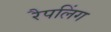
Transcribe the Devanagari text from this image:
रैपलिंग